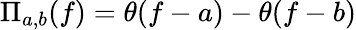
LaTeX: \Pi_{a,b}(f)=\theta(f-a)-\theta(f-b)